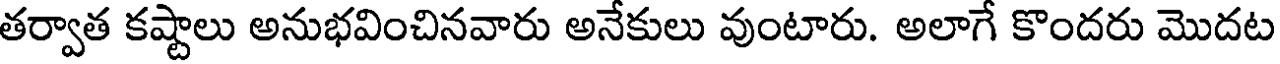
తర్వాత కష్టాలు అనుభవించినవారు అనేకులు వుంటారు. అలాగే కొందరు మొదట